Vaccine operations Central Provinces 1868-1885 - 1868-1885
Year: 1868
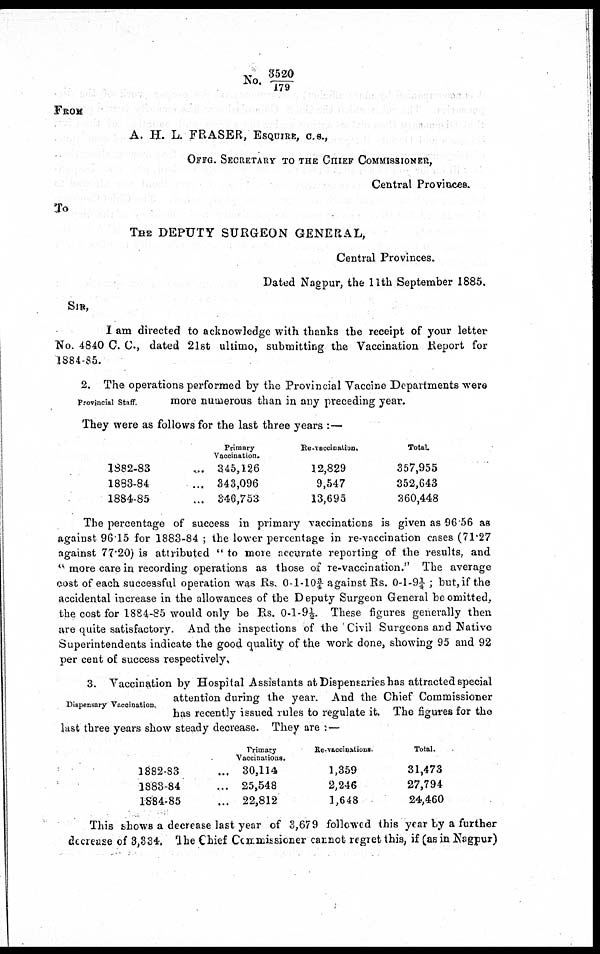
No. 3520/179
FROM
A. H. L. FRASER, ESQUIRE, C.S.,
OFFG. SECRETARY TO THE CHIEF COMMISSIONER,
Central Provinces.
To
THE DEPUTY SURGEON GENERAL,
Central Provinces.
Dated Nagpur, the 11th September 1885.
SIR,
I am directed to acknowledge with thanks the receipt of your letter
No. 4840 C. C., dated 21st ultimo, submitting the Vaccination Report for
1884-85.
Provincial Staff.
2. The operations performed by the Provincial Vaccine Departments were
more numerous than in any preceding year.
They were as follows for the last three years :—
1882-83
1883-84
1884-85
Primary
Vaccination.
... 345,126
... 343,096
... 346,753
Re-vaccination.
12,829
9,547
13,695
Total.
357,955
352,643
360,448
The percentage of success in primary vaccinations is given as 96.56 as
against 96.15 for 1883-84 ; the lower percentage in re-vaccination cases (71.27
against 77.20) is attributed " to more accurate reporting of the results, and
'' more care in recording operations as those of re-vaccination." The average
cost of each successful operation was Rs. 0-1-10¾ against Rs. 0-1-9¼ ; but, if the
accidental increase in the allowances of the Deputy Surgeon General be omitted,
the cost for 1884-85 would only be Rs. 0-l-9½. These figures generally then
are quite satisfactory. And the inspections of the Civil Surgeons and Native
Superintendents indicate the good quality of the work done, showing 95 and 92
per cent of success respectively.
Dispensary Vaccination.
3. Vaccination by Hospital Assistants at Dispensaries has attracted special
attention during the year. And the Chief Commissioner
has recently issued rules to regulate it. The figures for the
last three years show steady decrease. They are :—
1882-83
1883-84
1884-85
Primary
Vaccinations.
... 30,114
... 25,548
... 22,812
Re-vaccinations.
1,359
2,246
1,648
Total.
31,473
27,794
24,460
This shows a decrease last year of 3,679 followed this year by a further
decrease of 3,334. The Chief Commissioner cannot regret this, if (as in Nagpur)